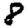
Digit: 8